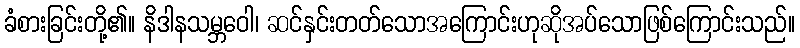
ခံစားခြင်းတို့၏။ နိဒါနသမ္ဘဝေါ၊ ဆင်နှင်းတတ်သောအကြောင်းဟုဆိုအပ်သောဖြစ်ကြောင်းသည်။